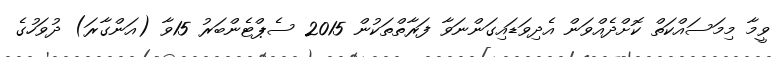
ވީމާ މިމަސައްކަތް ކޮށްދެއްވަން އެދިވަޑައިގަންނަވާ ފަރާތްތަކުން 2015 ސެޕްޓެންބަރު 15ވާ (އަންގާރަ) ދުވަހުގެ